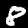
Label: 8